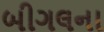
બીગલના